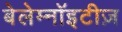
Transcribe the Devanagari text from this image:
बेलेम्नॉइटीज़